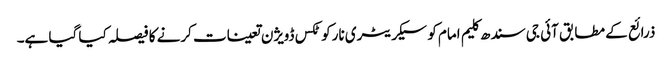
ذرائع کے مطابق آئی جی سندھ کلیم امام کو سیکریٹری نارکوٹکس ڈویژن تعینات کرنے کا فیصلہ کیا گیا ہے۔